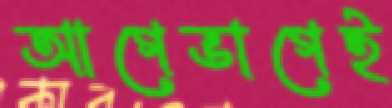
আগেভাগেই